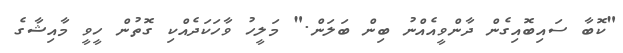
"ކޮބާ ސައިބޮއިގެން ދާންވީއެއްނު ބިން ބަލަން." މަލީހު ވާހަކަދެއްކި ގޮތުން ހީވީ މާއިޝާގެ